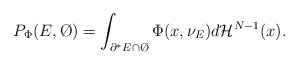
\begin{align*}P_\Phi(E,\O)=\int_{\partial^*E\cap\O} \Phi(x,\nu_E)d\mathcal{H}^{N-1}(x).\end{align*}